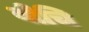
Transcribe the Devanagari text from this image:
बीचि